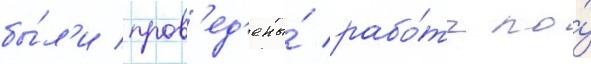
бы́л'и пров'ед'ены́ рабо́ты по́